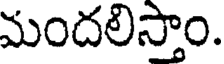
మందలిస్తాం.